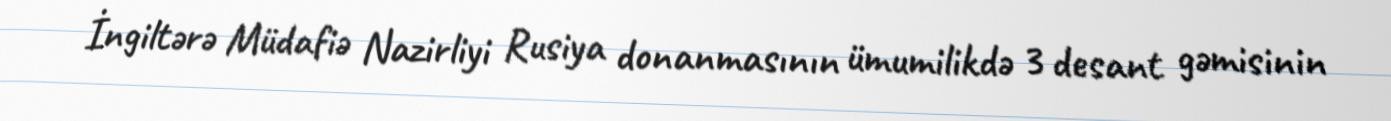
İngiltərə Müdafiə Nazirliyi Rusiya donanmasının ümumilikdə 3 desant gəmisinin